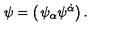
\psi = \left( \begin{matrix} { \psi _ { \alpha } } \\ { \psi ^ { \dot { \alpha } } } \\ \end{matrix} \right) .